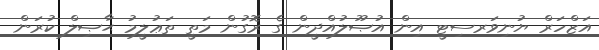
އަޒްހަރް ޔުނިވަރސިޓީ އިން އުޞޫލުއްދީން ގެ ރޮގުން މަތީ ތަޢުލީމު ޙާޞިލް ކުރަން